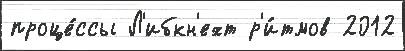
проце́ссы Л'ибкн'ехт р'и́тмов 2012